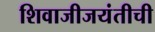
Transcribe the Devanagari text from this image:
शिवाजीजयंतीची